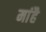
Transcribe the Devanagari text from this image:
मांहै